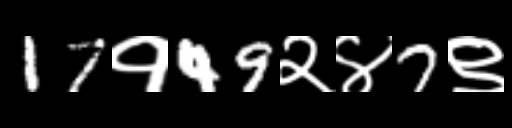
Text: 17१49२४7९